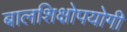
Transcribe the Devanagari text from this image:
बालशिक्षोपयोगी